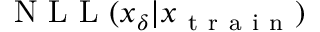
\mathrm { ~ N ~ L ~ L ~ } ( x _ { \delta } | x _ { \mathrm { ~ t ~ r ~ a ~ i ~ n ~ } } )